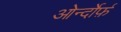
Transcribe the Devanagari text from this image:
ओर्न्दोर्फ़